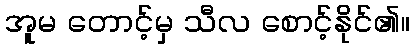
အူမ တောင့်မှ သီလ စောင့်နိုင်၏။